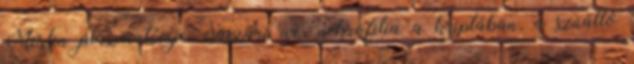
Merlin plazmatévéje, császári wc, nekrofilia a kriptában, a szúálló